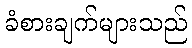
ခံစားချက်များသည်